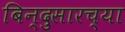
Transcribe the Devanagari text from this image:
बिन्दुसारच्या